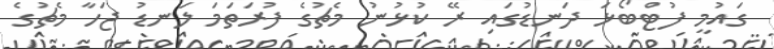
ގައުމީ ފުޓްބޯޅަ ދަނޑުގައި ރޭ ކުޅުނު މެޗުގެ ފުރަތަމަ ލަނޑު ޖަހާ މެޗުގެ